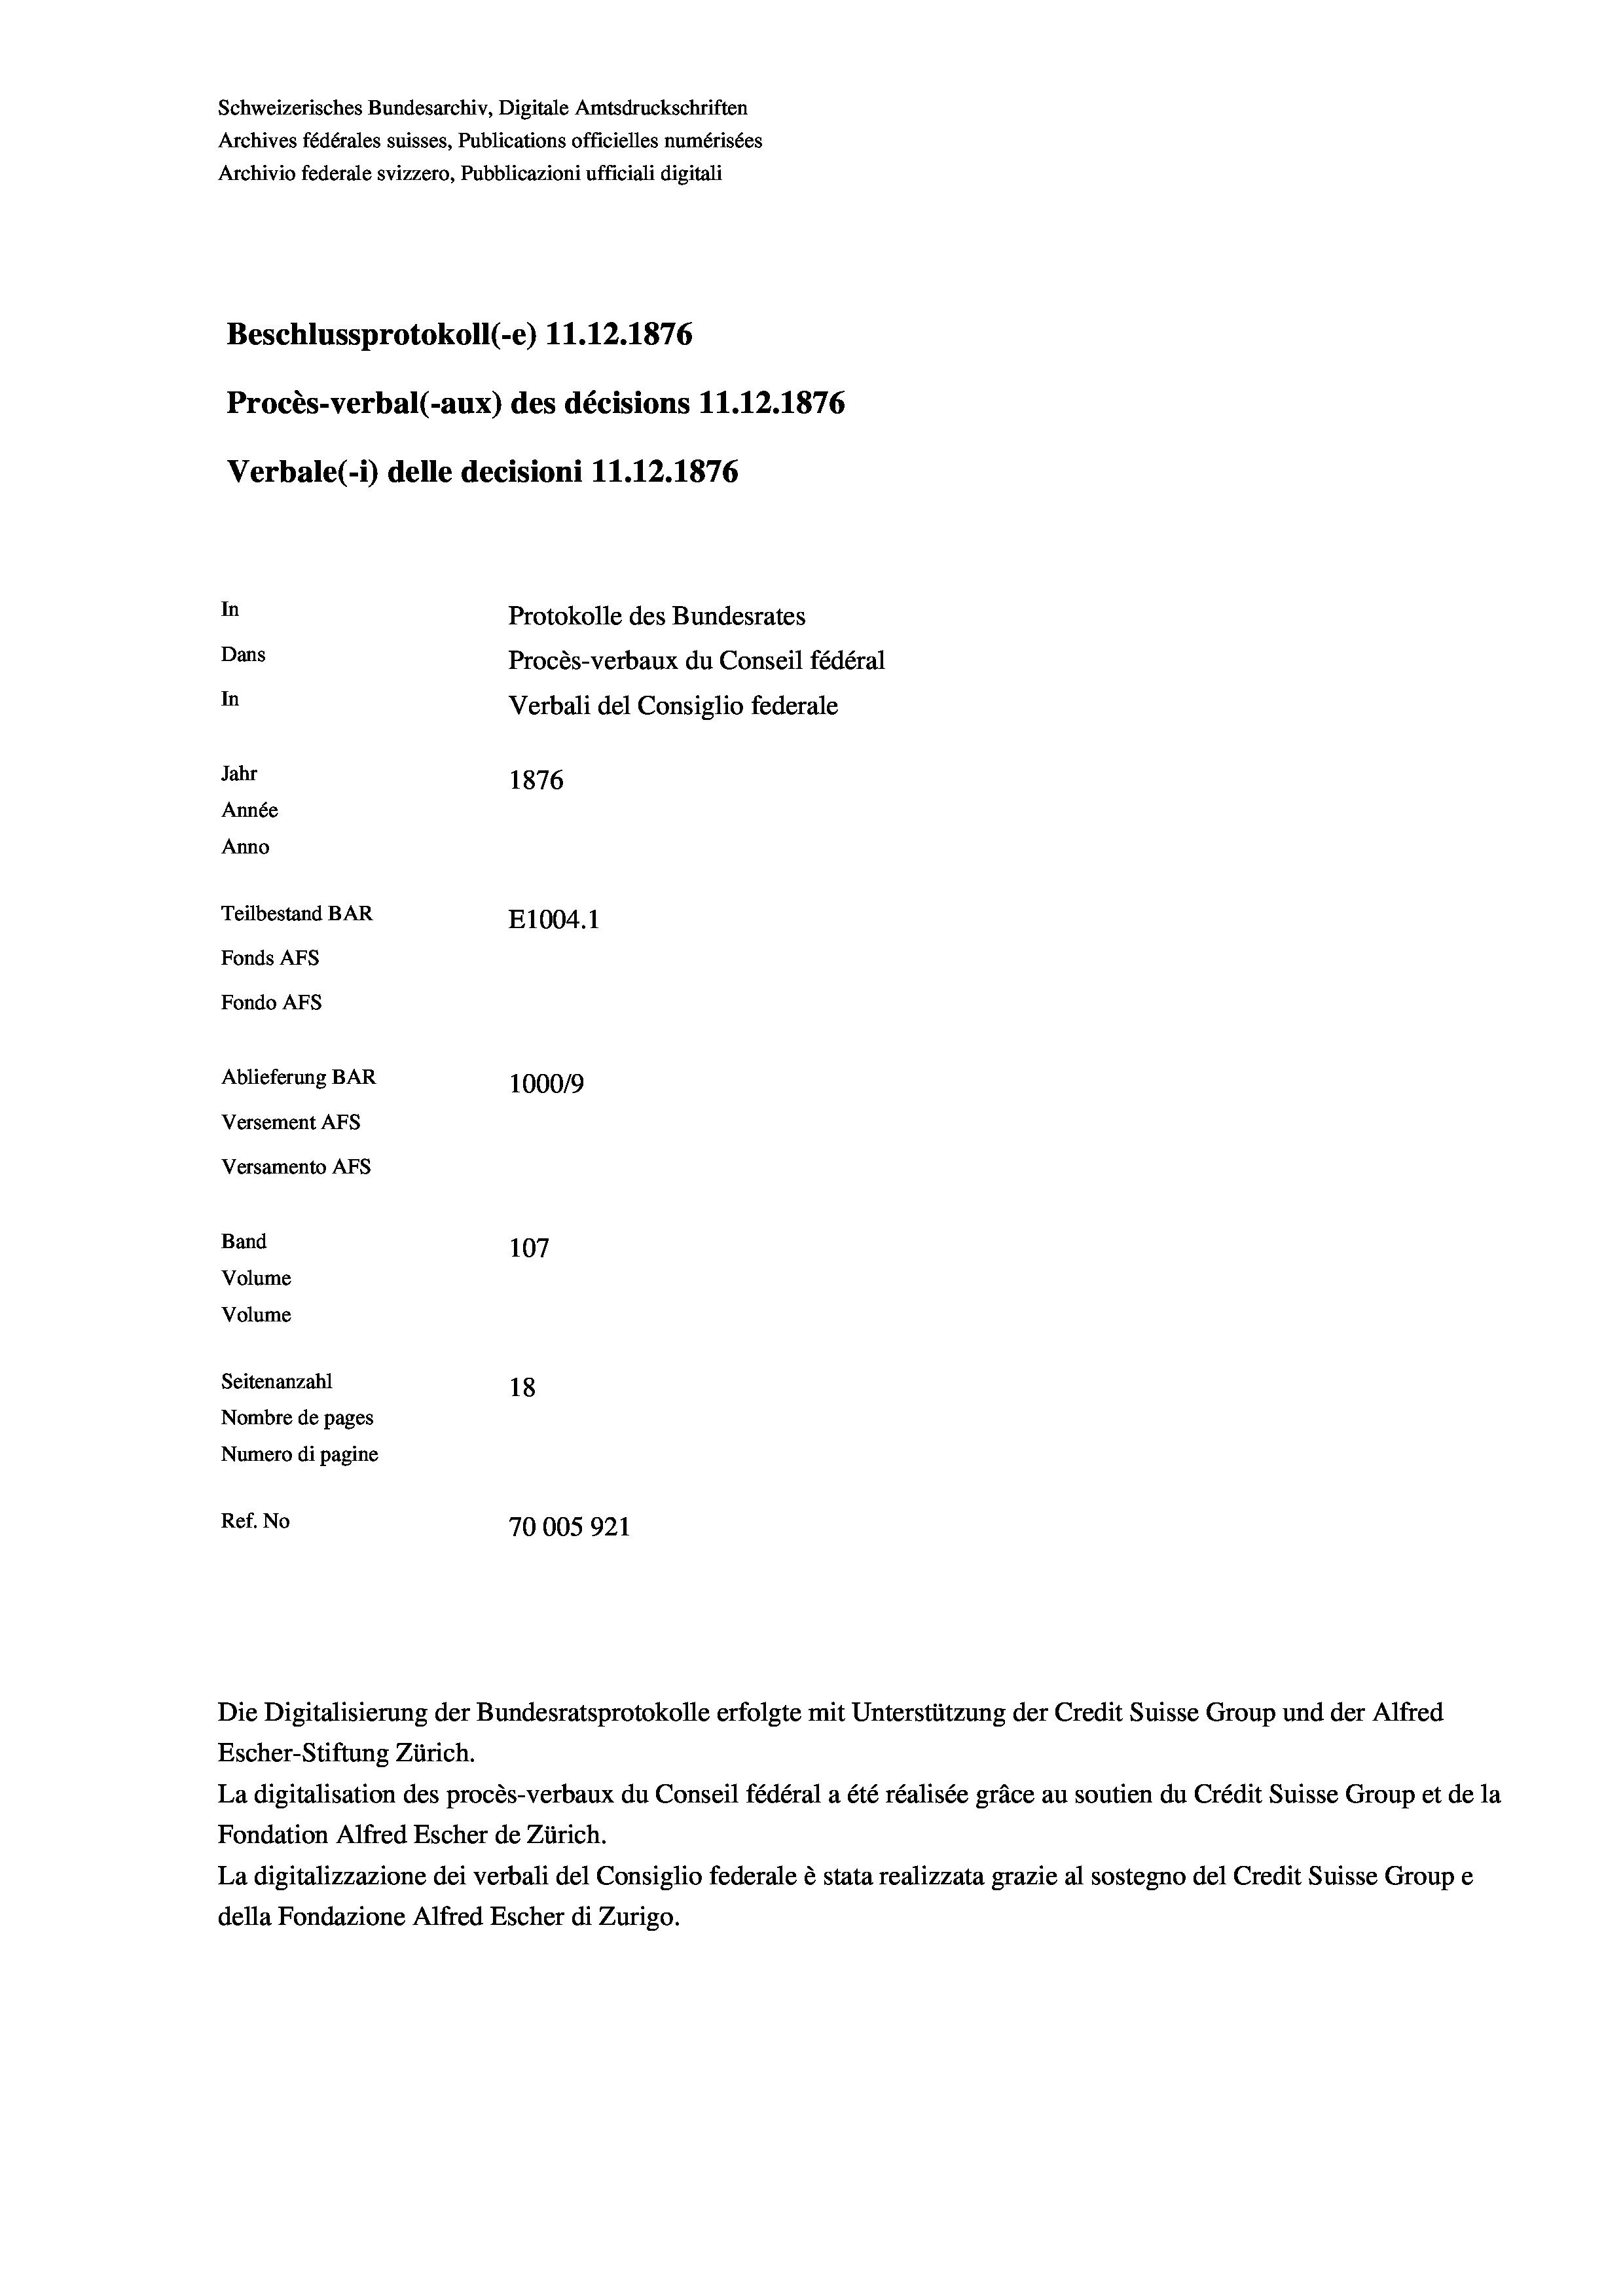
Schweizerisches Bundesarchiv, Digitale Amtsdruckschriften
Archives fédérales suisses, Publications officielles numérisées
Archivio federale svizzero, Pubblicazioni ufficiali digitali
Beschlussprotokoll (-e) 11.12.1876
Procès-verbal (-aux) des décisions 11.12.1876
Verbale(*) delle decisioni 11.12.1876
In
Protokolle des Bundesrates
Dans
Procès-verbaux du Conseil fédéral
In
Verbali del Consiglio federale
Jahr
1876
Année
Anno
Teilbestand BAR
E1004. 1
Fonds AFs
Fondo AFs
Ablieferung BAR
1000/9
Versement Abs
Versamento AFs
Band
107
Volume
Volume

Seitenanzahl
18
Nombre de pages
Numero di pagine
Ref. No
70005921

Escher-Stiftung Zürich.
La digitalisation des procès-verbaux du Conseil fédéral a été réalisée gräce au soutien du Crédit Suisse Group et de la
Fondation Alfred Escher de Zürich.
La digitalizzazione dei verbali del Consiglio federale è stata realizzata grazie al sostegno del Credit Suisse Groupe
della Fondazione Alfred Escher di Zurigo.

Die Digitalisierung der Bundesratsprotokolle erfolgte mit Unterstützung der Credit Suisse Group und der Alfred